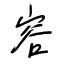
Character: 容